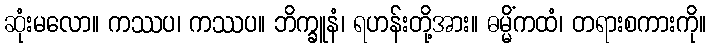
ဆုံးမလော။ ကဿပ၊ ကဿပ။ ဘိက္ခူနံ၊ ရဟန်းတို့အား။ ဓမ္မိံကထံ၊ တရားစကားကို။